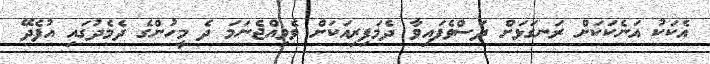
އެކަކު އަނެކަކަށް ރަނގަޅަށް ދަސްވެފައިވާ ދެމަފިރިއަކަށް ވެވިއްޖެނަމަ ދެ މީހުންގެ ދެމެދުގައި އުފެދޭ